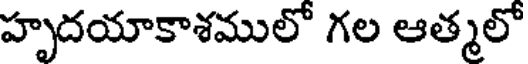
హృదయాకాశములో గల ఆత్మలో